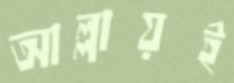
আল্লায়ই